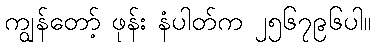
ကျွန်တော့် ဖုန်း နံပါတ်က ၂၅၆၇၉၆ပါ။